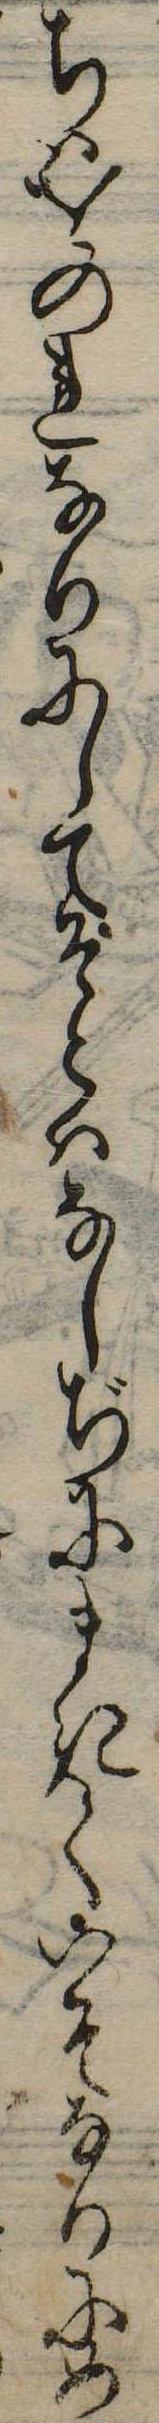
ちはをのれなりにしてそとはなしぢにまきていそなりにめ